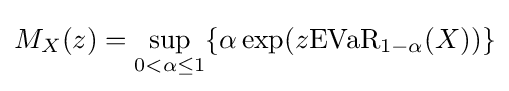
M_{X}(z)=\sup _{0<\alpha \leq 1}\{\alpha \exp(z{\text{EVaR}}_{1-\alpha }(X))\}